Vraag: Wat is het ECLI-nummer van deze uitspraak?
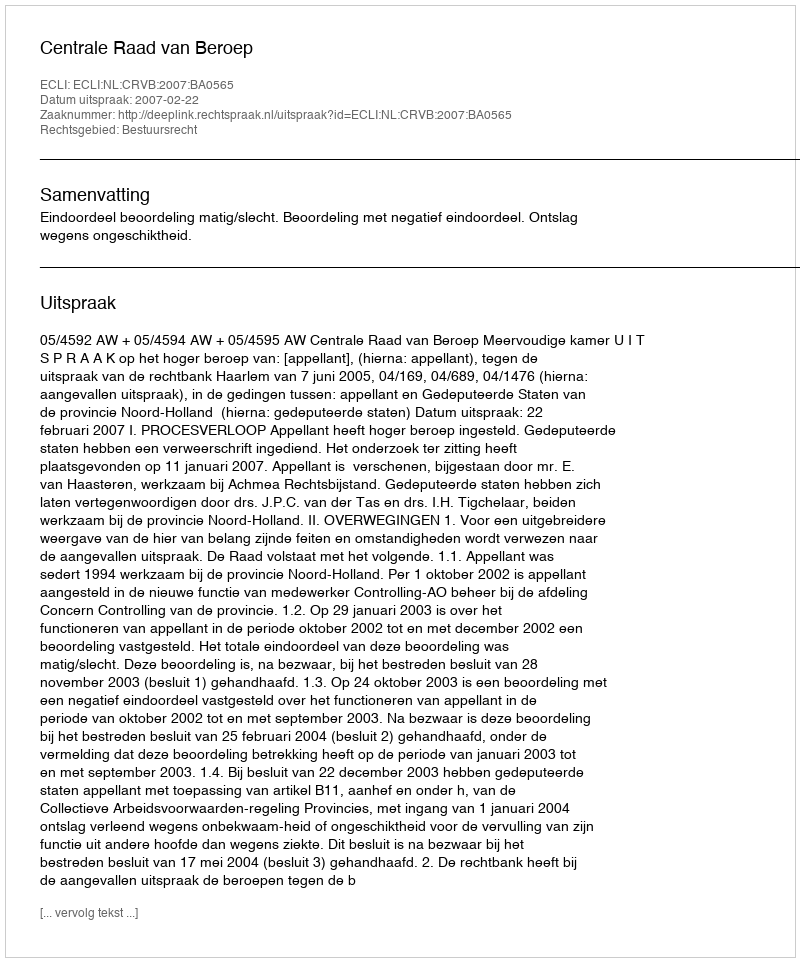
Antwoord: ECLI:NL:CRVB:2007:BA0565